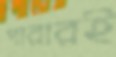
পারারই